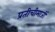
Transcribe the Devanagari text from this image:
प्रतीचीमाजीं